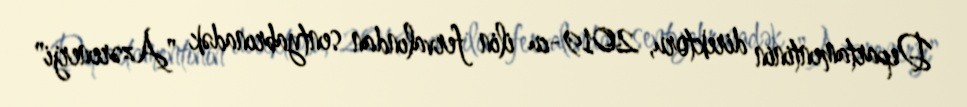
Departamentinin direktoru, 2019-cu ilin fervalından sentyabrınadək "Azərenerji"